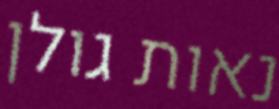
נאות גולן